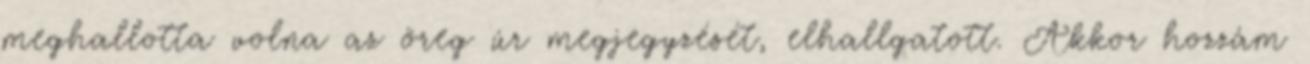
meghallotta volna az öreg úr megjegyzését, elhallgatott. Akkor hozzám